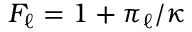
F _ { \ell } = 1 + \pi _ { \ell } / \kappa